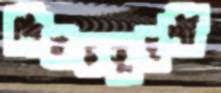
শিবচতুদর্শী